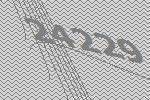
24229